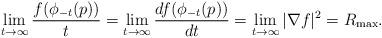
LaTeX: \begin{align*} \lim_{t\rightarrow\infty}\frac{f(\phi_{-t}(p))}{t}=\lim_{t\rightarrow\infty}\frac{d f(\phi_{-t}(p))}{dt}=\lim_{t\rightarrow\infty}|\nabla f|^{2}=R_{\max}.\end{align*}